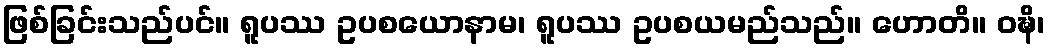
ဖြစ်ခြင်းသည်ပင်။ ရူပဿ ဥပစယောနာမ၊ ရူပဿ ဥပစယမည်သည်။ ဟောတိ။ ဝဍ္ဎိ၊